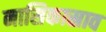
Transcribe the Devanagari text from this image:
नासिकास्राव